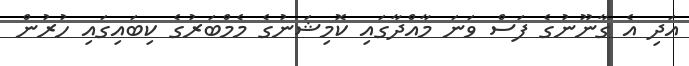
އަދި އެ ގާނޫނުގެ ފަސް ވަނަ މާއްދާގައި ކޮމިޝަނުގެ މެމްބަރުގެ ކިބައިގައި ހުރުން